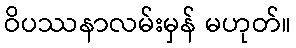
ဝိပဿနာလမ်းမှန် မဟုတ်။